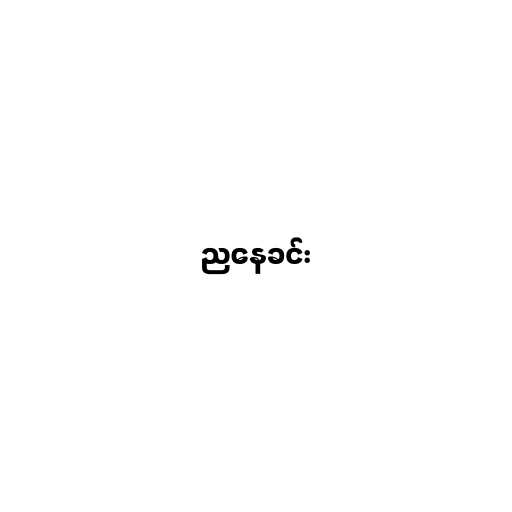
ညနေခင်း